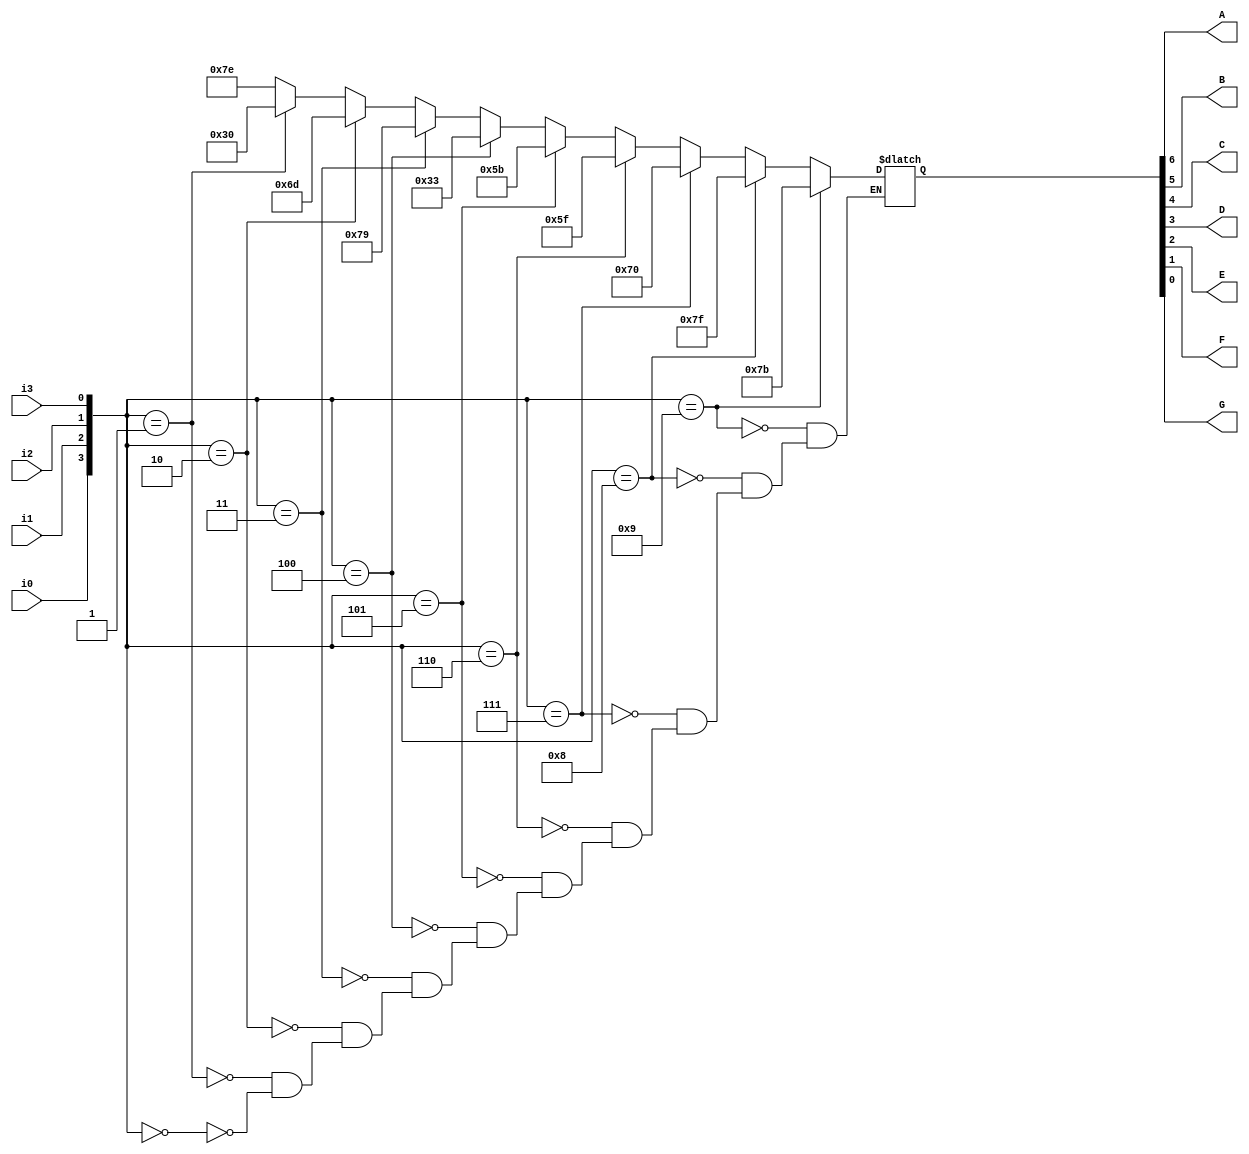
module seven_segment(i0, i1, i2, i3, A, B, C, D, E, F, G);
input i0, i1, i2, i3;
reg [3:0] NUM;
reg [6:0] RES;
output reg A, B, C, D, E, F, G;

always @(*) begin
	NUM[0] = i3;
	NUM[1] = i2;
	NUM[2] = i1;
	NUM[3] = i0;
	
	if(NUM == 4'b0000) begin
		RES <= 7'b1111110;
	end

	if(NUM == 4'b0001) begin
		RES <= 7'b0110000;
	end

	if(NUM == 4'b0010) begin
		RES <= 7'b1101101;
	end

	if(NUM == 4'b0011) begin
		RES <= 7'b1111001;
	end

	if(NUM == 4'b0100) begin
		RES <= 7'b0110011;
	end

	if(NUM == 4'b0101) begin
		RES <= 7'b1011011;
	end

	if(NUM == 4'b0110) begin
		RES <= 7'b1011111;
	end

	if(NUM == 4'b0111) begin
		RES <= 7'b1110000;
	end

	if(NUM == 4'b1000) begin
		RES <= 7'b1111111;
	end

	if(NUM == 4'b1001) begin
		RES <= 7'b1111011;
	end

	A = RES[6];
	B = RES[5];
	C = RES[4];
	D = RES[3];
	E = RES[2];
	F = RES[1];
	G = RES[0];

end

endmodule





module test_seven_segment;

  reg i0, i1, i2, i3;
  wire A, B, C, D, E, F, G;

  seven_segment dut (
    .i0(i0),
    .i1(i1),
    .i2(i2),
    .i3(i3),
    .A(A),
    .B(B),
    .C(C),
    .D(D),
    .E(E),
    .F(F),
    .G(G)
  );

  initial begin
	i0 = 1'b0;
	i1 = 1'b0;
	i2 = 1'b0;
	i3 = 1'b0;
    #30;

	i0 = 1'b0;
	i1 = 1'b0;
	i2 = 1'b0;
	i3 = 1'b1;
    #30;

	i0 = 1'b0;
	i1 = 1'b0;
	i2 = 1'b1;
	i3 = 1'b0;
    #30;

	i0 = 1'b0;
	i1 = 1'b0;
	i2 = 1'b1;
	i3 = 1'b1;
    #30;

	i0 = 1'b0;
	i1 = 1'b1;
	i2 = 1'b0;
	i3 = 1'b0;
    #30;

	i0 = 1'b0;
	i1 = 1'b1;
	i2 = 1'b0;
	i3 = 1'b1;
    #30;

	i0 = 1'b0;
	i1 = 1'b1;
	i2 = 1'b1;
	i3 = 1'b0;
    #30;

	i0 = 1'b0;
	i1 = 1'b1;
	i2 = 1'b1;
	i3 = 1'b1;
    #30;

	i0 = 1'b1;
	i1 = 1'b0;
	i2 = 1'b0;
	i3 = 1'b0;
    #30;

	i0 = 1'b1;
	i1 = 1'b0;
	i2 = 1'b0;
	i3 = 1'b1;
    #30;
    
    $finish;
  end

endmodule